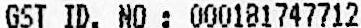
GST ID. NO : 000181747712